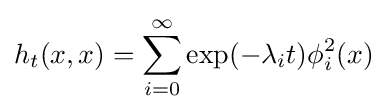
h_{t}(x,x)=\sum _{i=0}^{\infty }\exp(-\lambda _{i}t)\phi _{i}^{2}(x)